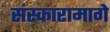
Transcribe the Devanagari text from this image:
संस्कारामागे